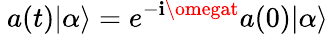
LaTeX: ~a(t)|\alpha\rangle=e^{-\mathbf{i}\omegat}a(0)|\alpha\rangle